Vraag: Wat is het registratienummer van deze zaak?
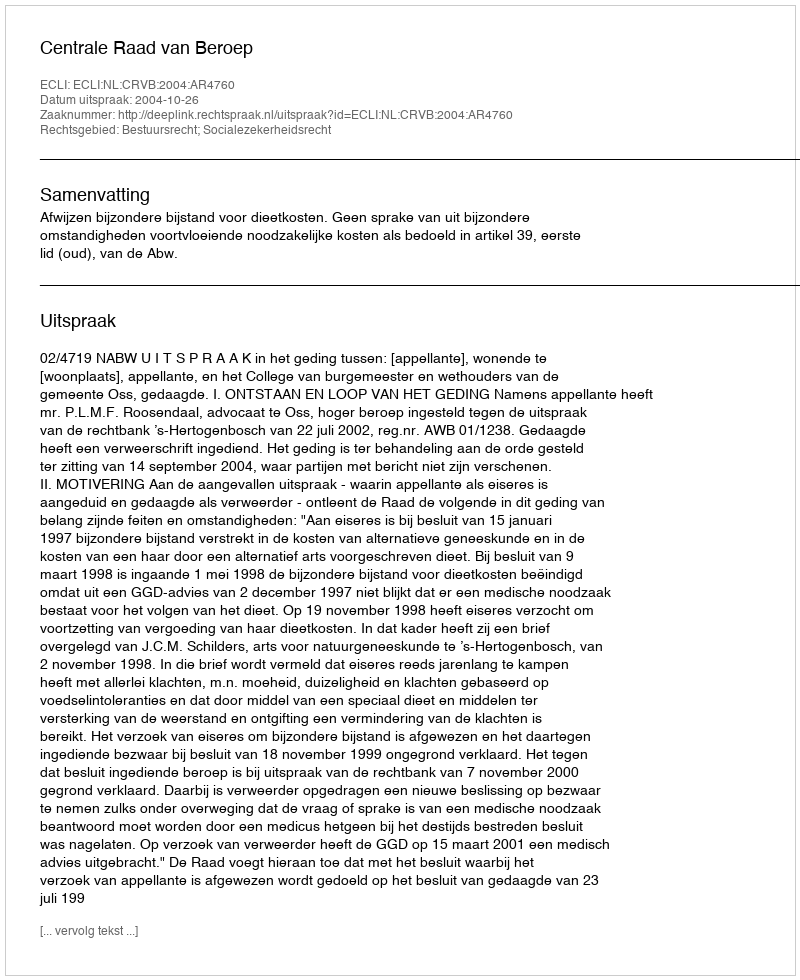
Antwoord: http://deeplink.rechtspraak.nl/uitspraak?id=ECLI:NL:CRVB:2004:AR4760